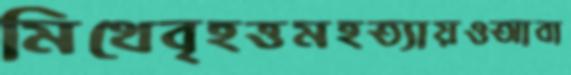
মিথেবৃহত্তমহত্যায়ওআবা